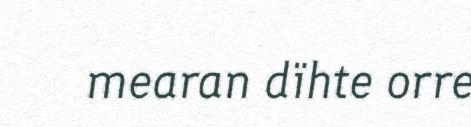
mearan dïhte orre